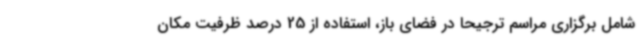
شامل برگزاری مراسم ترجیحاً در فضای باز، استفاده از 25 درصد ظرفیت مکان